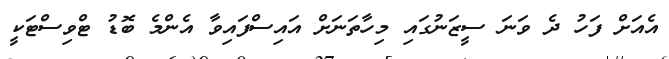
އެއަށް ފަހު ދެ ވަނަ ސީޒަނުގައި މިހާތަނަށް އައިސްފައިވާ އެންމެ ބޮޑު ޓްވިސްޓަކީ